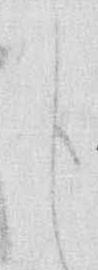
申